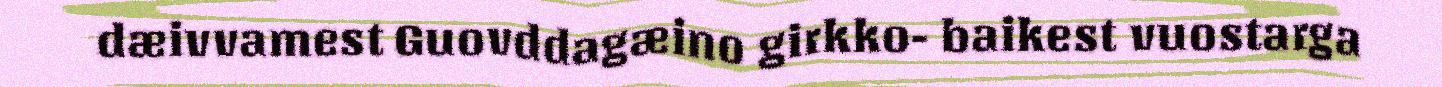
dæivvamest Guovddagæino girkko- baikest vuostarga